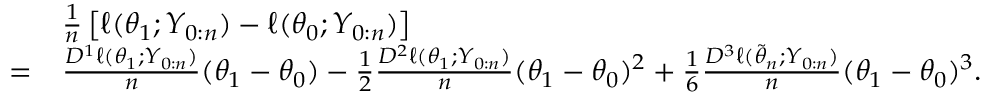
\begin{array} { r l } & { \frac { 1 } { n } \left[ \ell ( \theta _ { 1 } ; Y _ { 0 : n } ) - \ell ( \theta _ { 0 } ; Y _ { 0 : n } ) \right] } \\ { = } & { \frac { D ^ { 1 } \ell ( \theta _ { 1 } ; Y _ { 0 : n } ) } { n } ( \theta _ { 1 } - \theta _ { 0 } ) - \frac { 1 } { 2 } \frac { D ^ { 2 } \ell ( \theta _ { 1 } ; Y _ { 0 : n } ) } { n } ( \theta _ { 1 } - \theta _ { 0 } ) ^ { 2 } + \frac { 1 } { 6 } \frac { D ^ { 3 } \ell ( \tilde { \theta } _ { n } ; Y _ { 0 : n } ) } { n } ( \theta _ { 1 } - \theta _ { 0 } ) ^ { 3 } . } \end{array}